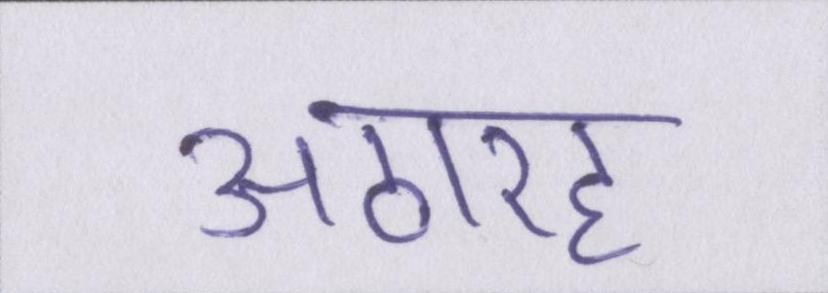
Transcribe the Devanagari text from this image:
अठारह